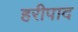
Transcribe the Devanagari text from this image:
हरीपाद